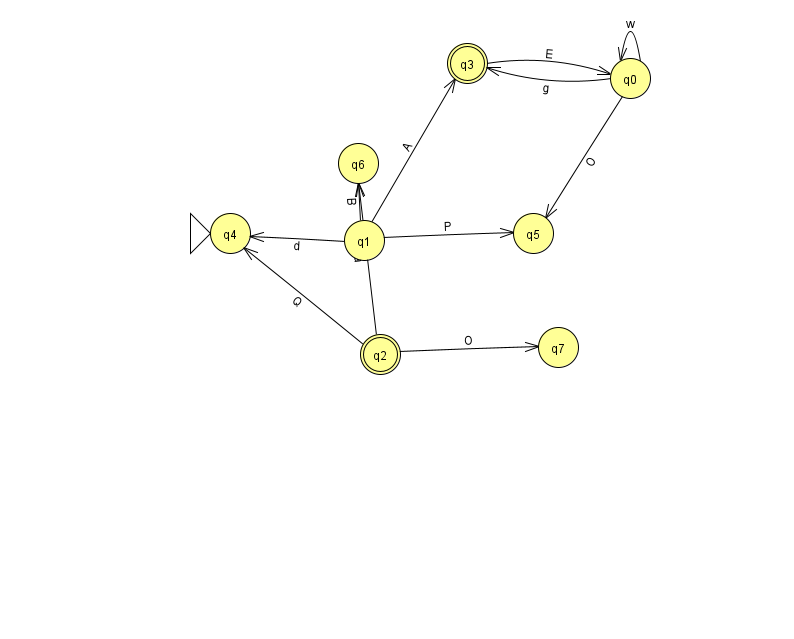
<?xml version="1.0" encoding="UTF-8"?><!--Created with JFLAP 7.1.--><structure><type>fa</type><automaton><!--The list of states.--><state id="0" name="q0"><x>630.0</x><y>65.0</y></state><state id="1" name="q1"><x>364.0</x><y>227.0</y></state><state id="2" name="q2"><x>380.0</x><y>341.0</y><final/></state><state id="3" name="q3"><x>467.0</x><y>50.0</y><final/></state><state id="4" name="q4"><x>230.0</x><y>220.0</y><initial/></state><state id="5" name="q5"><x>533.0</x><y>220.0</y></state><state id="6" name="q6"><x>358.0</x><y>150.0</y></state><state id="7" name="q7"><x>558.0</x><y>334.0</y></state><!--The list of transitions.--><transition><from>1</from><to>5</to><read>P</read></transition><transition><from>1</from><to>6</to><read>B</read></transition><transition><from>2</from><to>6</to><read>a</read></transition><transition><from>2</from><to>7</to><read>O</read></transition><transition><from>0</from><to>0</to><read>w</read></transition><transition><from>3</from><to>0</to><read>E</read></transition><transition><from>0</from><to>3</to><read>g</read></transition><transition><from>2</from><to>4</to><read>Q</read></transition><transition><from>1</from><to>4</to><read>d</read></transition><transition><from>0</from><to>5</to><read>O</read></transition><transition><from>1</from><to>3</to><read>A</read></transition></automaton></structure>